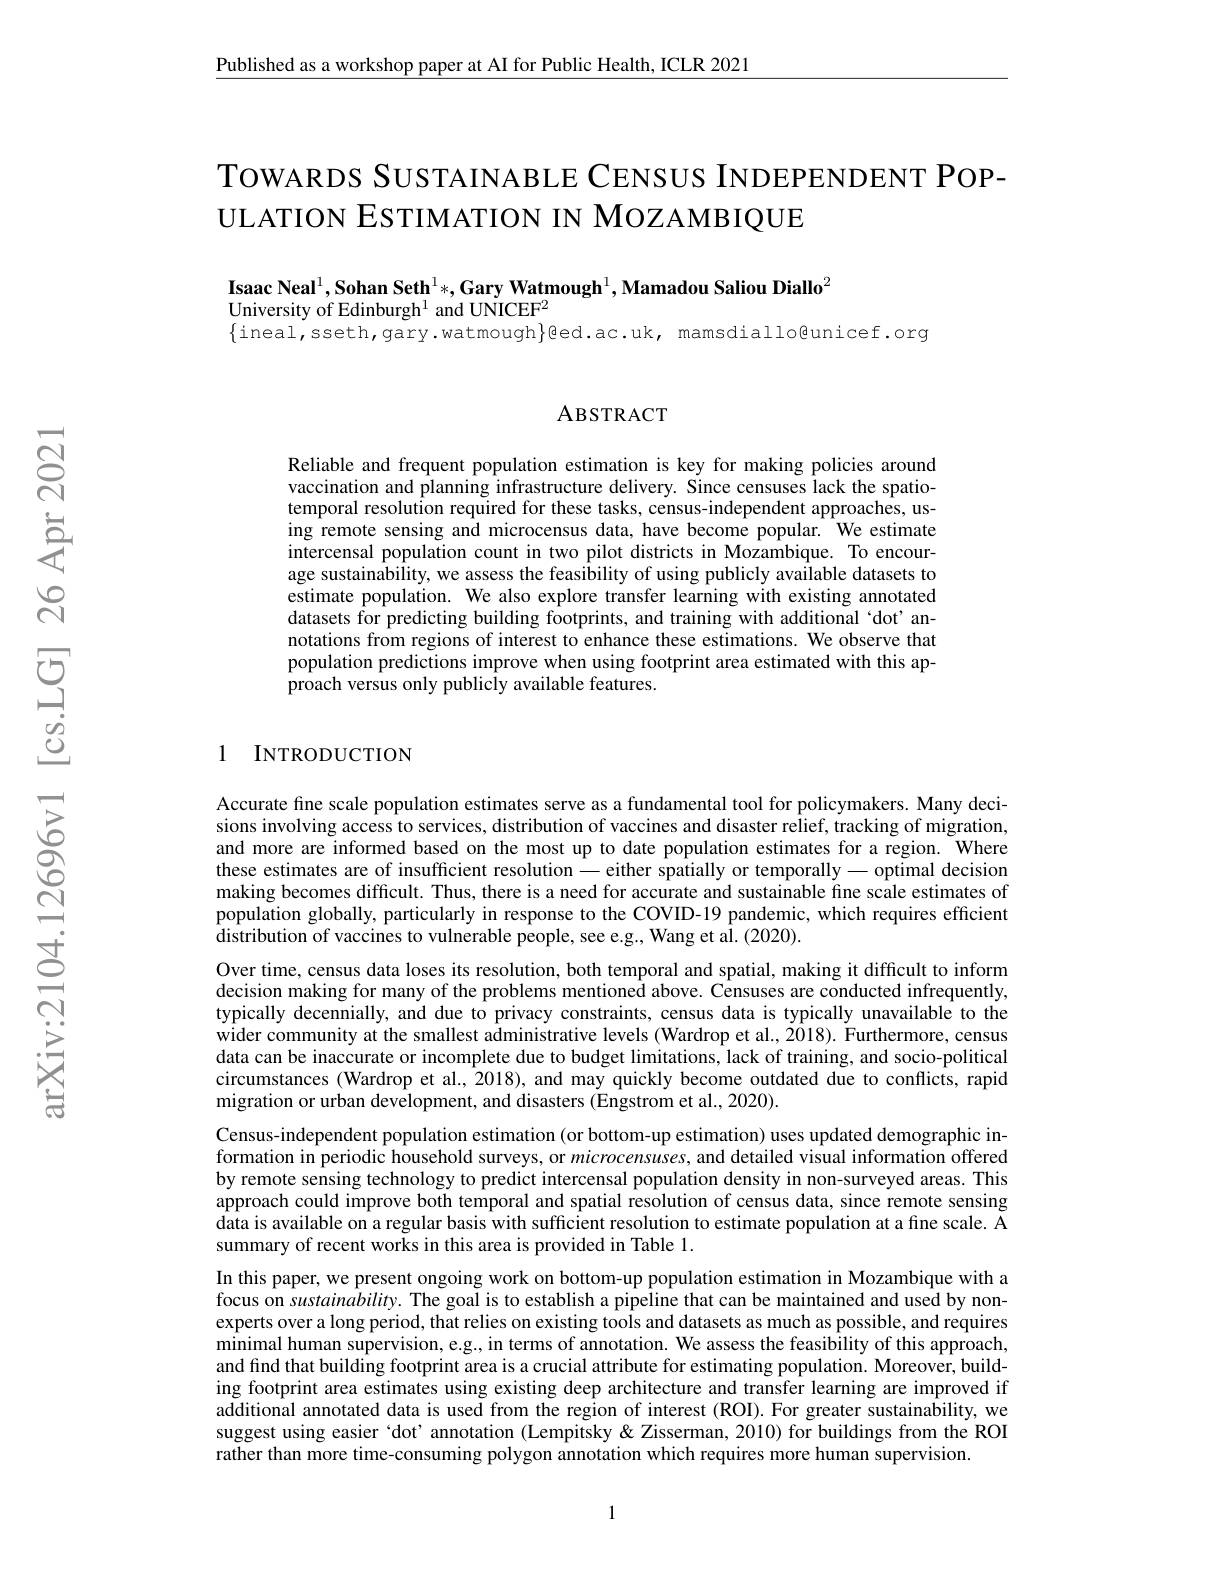
$\underline{\text{Published as a workshop paper at AI for Public Health, ICLR 2021}}$

# TOWARDS SUSTAINABLE CENSUS INDEPENDENT POPULATION ESTIMATION IN MOZAMBIQUE

Isaac Neal$^1,\textbf{Sohan Seth}^1*,\textbf{Gary Watmough}^1,\textbf{Mamadou Saliou Diallo}^2$
University of Edinburgh$^{1}$ and UNICEF$^{2}$
$\{$ineal,sseth,gary.watmough$\}$@ed.ac.uk, mamsdiallo@unicef.org

## ABSTRACT

Reliable and frequent population estimation is key for making policies around vaccination and planning infrastructure delivery. Since censuses lack the spatiotemporal resolution required for these tasks, census-independent approaches, using remote sensing and microcensus data, have become popular. We estimate intercensal population count in two pilot districts in Mozambique. To encourage sustainability, we assess the feasibility of using publicly available datasets to estimate population. We also explore transfer learning with existing annotated datasets for predicting building footprints, and training with additional `dot' annotations from regions of interest to enhance these estimations. We observe that population predictions improve when using footprint area estimated with this approach versus only publicly available features.

### 1 INTRODUCTION

Accurate fine scale population estimates serve as a fundamental tool for policymakers. Many decisions involving access to services, distribution of vaccines and disaster relief, tracking of migration, and more are informed based on the most up to date population estimates for a region. Where these estimates are of insufficient resolution - either spatially or temporally - optimal decision making becomes difficult. Thus, there is a need for accurate and sustainable fine scale estimates of population globally, particularly in response to the COVID-19 pandemic, which requires efficient distribution of vaccines to vulnerable people, see e.g., Wang et al. (2020).
Over time, census data loses its resolution, both temporal and spatial, making it difficult to inform decision making for many of the problems mentioned above. Censuses are conducted infrequently, typically decennially, and due to privacy constraints, census data is typically unavailable to the wider community at the smallest administrative levels (Wardrop et al., $\tilde{20}18).$ Furthermore, census data can be inaccurate or incomplete due to budget limitations, lack of training, and socio-political circumstances (Wardrop et al., 2018), and may quickly become outdated due to conflicts, rapid migration or urban development, and disasters (Engstrom et al., 2020).
Census-independent population estimation (or bottom-up estimation) uses updated demographic information in periodic household surveys, or microcensuses, and detailed visual information offered by remote sensing technology to predict intercensal population density in non-surveyed areas. This approach could improve both temporal and spatial resolution of census data, since remote sensing data is available on a regular basis with sufficient resolution to estimate population at a fine scale. A summary of recent works in this area is provided in Table 1.
In this paper, we present ongoing work on bottom-up population estimation in Mozambique with a focus on sustainability. The goal is to establish a pipeline that can be maintained and used by nonexperts over a long period, that relies on existing tools and datasets as much as possible, and requires minimal human supervision, e.g., in terms of annotation. We assess the feasibility of this approach, and find that building footprint area is a crucial attribute for estimating population. Moreover, building footprint area estimates using existing deep architecture and transfer learning are improved if additional annotated data is used from the region of interest (ROI). For greater sustainability, we suggest using easier ‘dot’annotation (Lempitsky & Zisserman, 2010) for buildings from the ROI rather than more time-consuming polygon annotation which requires more human supervision.

1